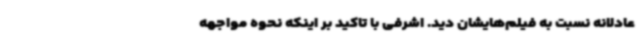
عادلانه نسبت به فیلم‌هایشان دید. اشرفی با تاکید بر اینکه نحوه مواجهه